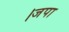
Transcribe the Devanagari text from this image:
।जपा